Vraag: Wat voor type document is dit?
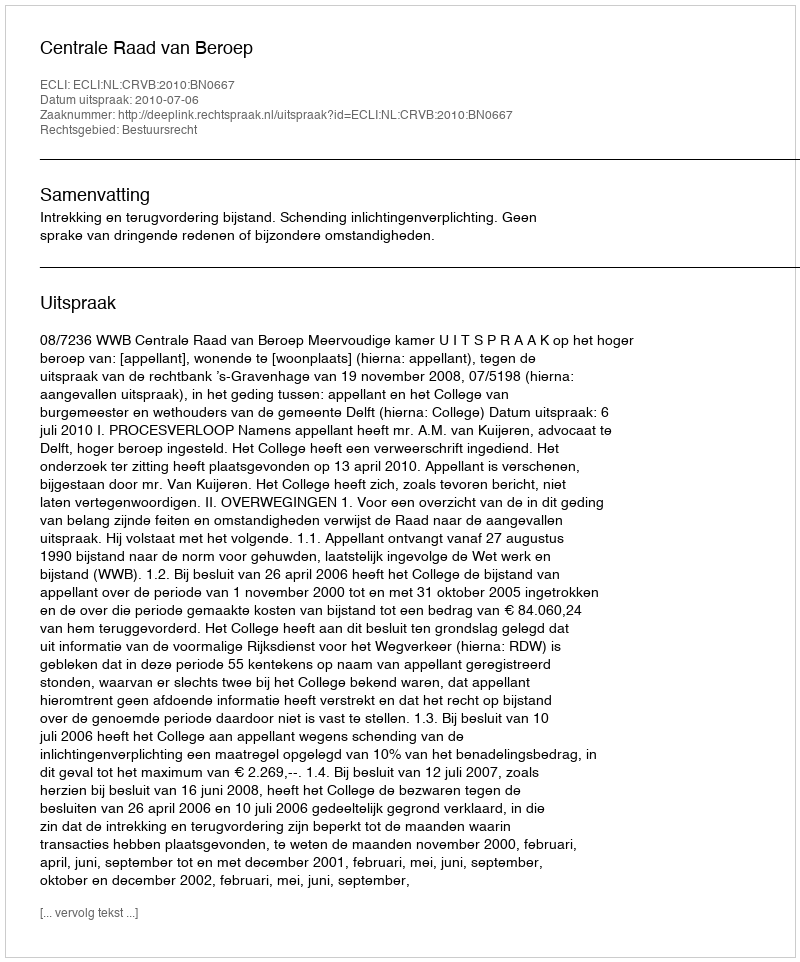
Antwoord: Uitspraak